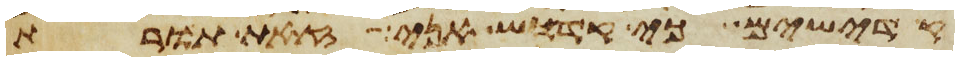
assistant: קדישים כי קדוש אני זאת תורת